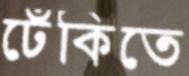
ঢেঁকিতে